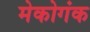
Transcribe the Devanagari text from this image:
मेकोगंक